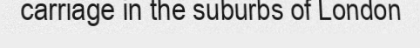
carriage in the suburbs of London